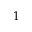
1